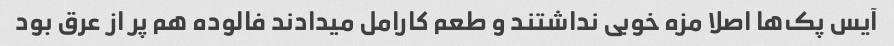
آیس پک‌ها اصلا مزه خوبی نداشتند و طعم کارامل میدادند فالوده هم پر از عرق بود